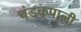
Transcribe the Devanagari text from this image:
चंडकपाली